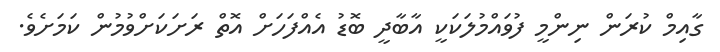
ގާއިމް ކުރަން ނިންމީ ފުވައްމުލަކަކީ އާބާދީ ބޮޑު އެއްފަހަށް އޮތް ރަށަކަށްވުމުން ކަމަށެވެ.